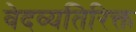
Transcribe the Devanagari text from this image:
वेदव्यतिरिक्त